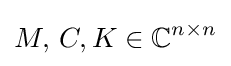
M,\,C,K\in \mathbb {C} ^{n\times n}